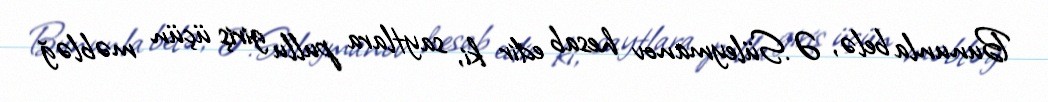
Bununla belə, Ə.Süleymanov hesab edir ki, saytlara pullu giriş üçün məbləğ